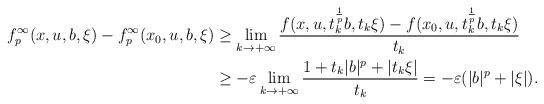
LaTeX: \begin{align*}f_p^{\infty }(x,u,b,\xi )-f_p^{\infty }(x_{0},u,b,\xi )&\geq\lim_{k\rightarrow +\infty }\frac{f(x,u,t_k^{\frac{1}{p}}b,t_{k}\xi)-f(x_{0},u,t_k^{\frac{1}{p}}b,t_{k}\xi )}{t_{k}} \\&\geq -\varepsilon \lim_{k\rightarrow +\infty }\frac{1+t_k|b|^{p}+|t_{k}\xi |}{t_{k}}=-\varepsilon (|b|^p+|\xi |).\end{align*}